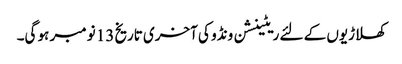
کھلاڑیوں کے لئے ریٹینشن ونڈو کی آخری تاریخ 13 نومبر ہو گی۔